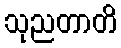
သုညတာတိ